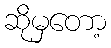
ဆိုမှတော့